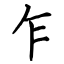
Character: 乍